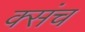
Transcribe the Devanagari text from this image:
क्संच